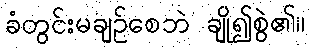
ခံတွင်းမချဉ်စေဘဲ ချို၍စွဲ၏။